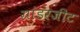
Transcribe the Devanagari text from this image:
ग्रांडरजीट